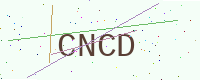
Text: CNCD